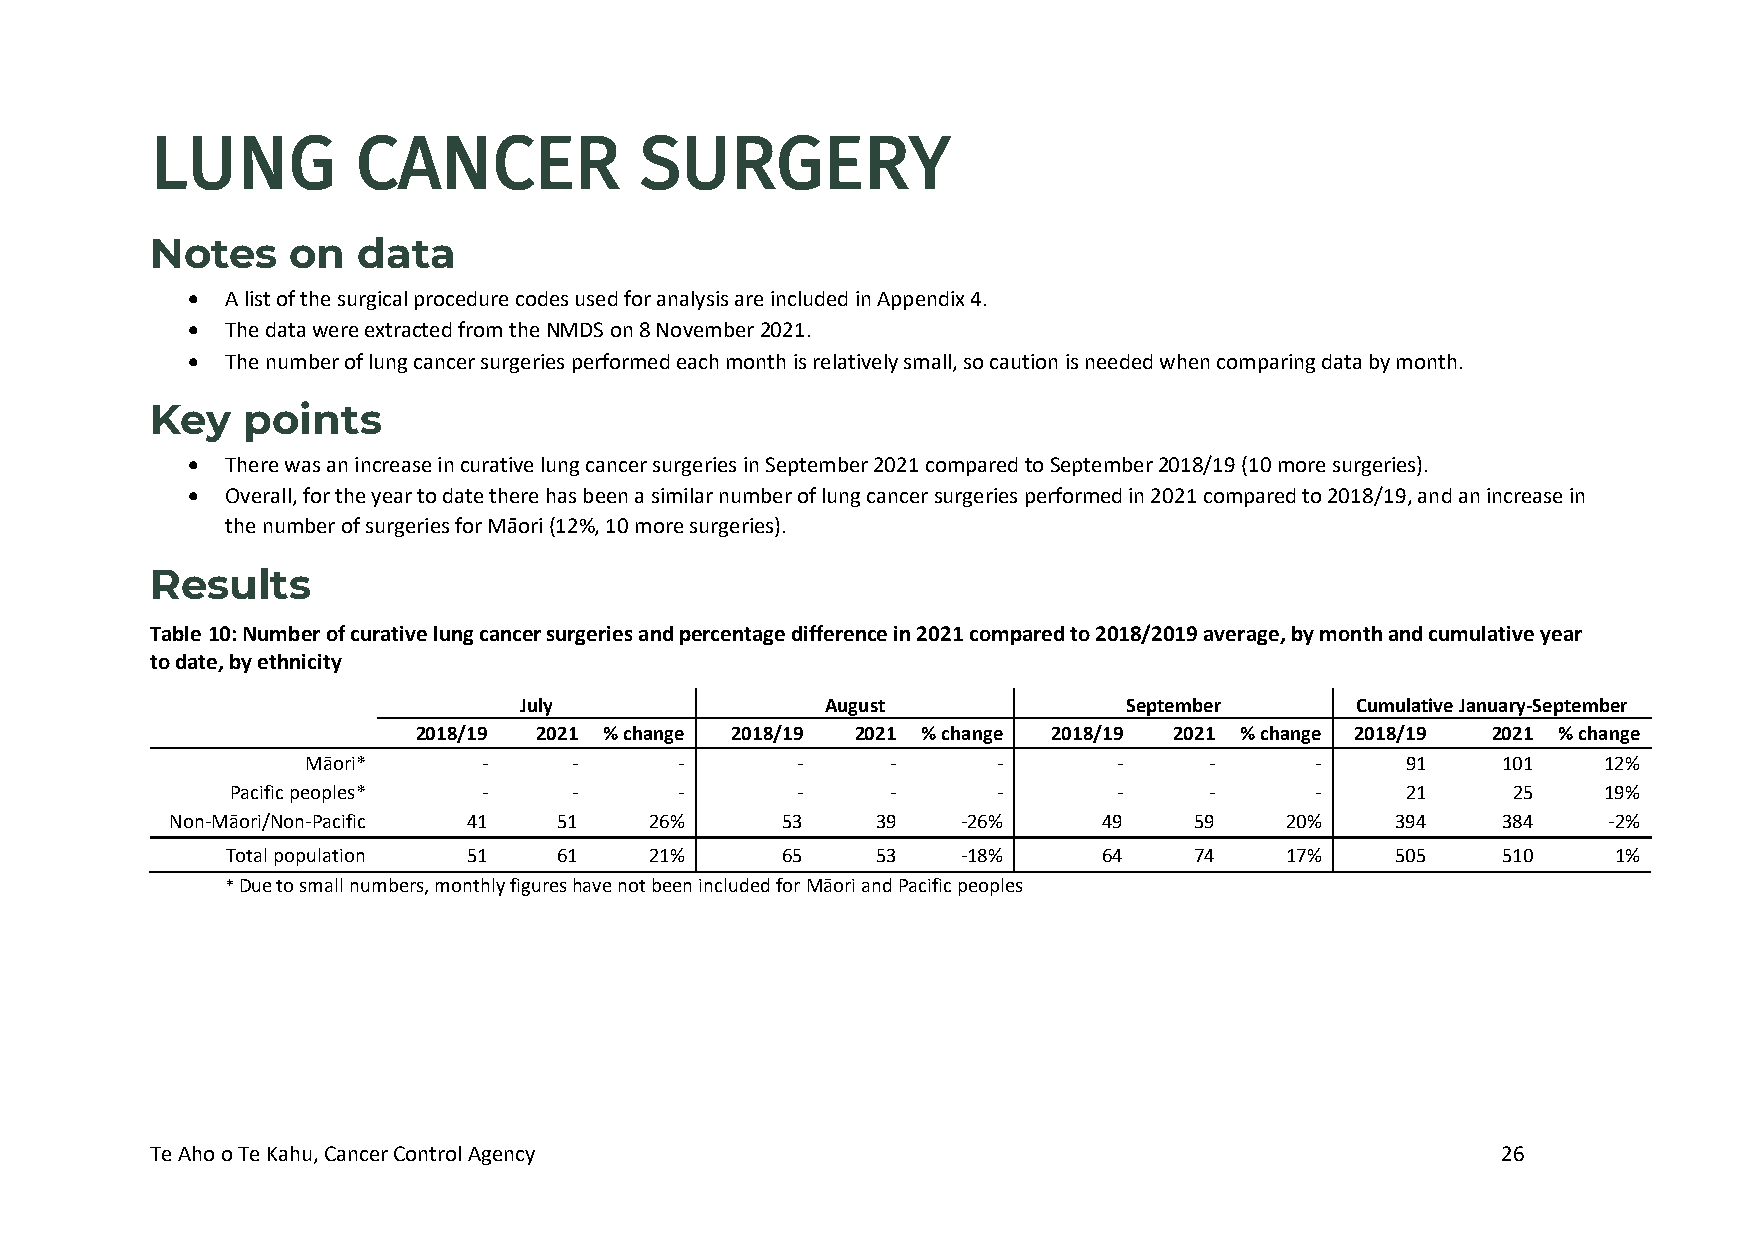
LUNG          CANCER            SURGERY
 Notes    on   data
 •  A list of the surgical procedure codes used for analysis are included in Appendix 4.
 •  The data were extracted from the NMDS on 8 November 2021.
 •  The number of lung cancer surgeries performed each month is relatively small, so caution is needed when comparing data by month.
 Key   points
 •  There was an increase in curative lung cancer surgeries in September 2021 compared to September 2018/19 (10 more surgeries).
 •  Overall, for the year to date there has been a similar number of lung cancer surgeries performed in 2021 compared to 2018/19, and an increase in
 the number of surgeries for Māori (12%, 10 more surgeries).
 Results
 Table 10: Number of curative lung cancer surgeries and percentage difference in 2021 compared to 2018/2019 average, by month and cumulative year
 to date, by ethnicity
 July                 August              September      Cumulative January-September
 2018/19 2021 % change 2018/19 2021 % change 2018/19 2021 % change 2018/19 2021 % change
 Māori*      -     -      -       -     -      -       -     -      -     91    101    12%
 Pacific peoples* -     -      -       -     -      -       -     -      -     21     25    19%
 Non-Māori/Non-Pacific 41  51    26%      53    39    -26%     49    59    20%    394    384    -2%
 Total population 51   61    21%      65    53    -18%     64    74    17%    505    510     1%
 * Due to small numbers, monthly figures have not been included for Māori and Pacific peoples
 Te Aho o Te Kahu, Cancer Control Agency                                                  26